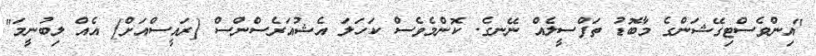
"އިންވެސްޓިގޭޝަންގެ މާބޮޑު ތަފްސީލެއް ނޭނގެ. ކޮންމެވެސް ކަހަލަ އެޝުއަރެސްންސް [ރައީސްއަށް] އެއް ލިބުނީމަ"